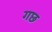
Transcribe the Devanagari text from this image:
गछ